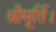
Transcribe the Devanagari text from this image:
श्रीमूर्ति।